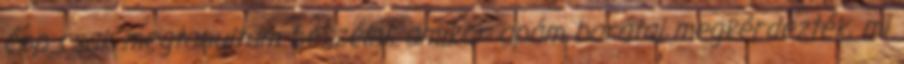
épp csak megtanultam beszélni, amikor apám barátai megkérdezték, mi